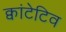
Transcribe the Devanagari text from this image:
क्वांटेटिव